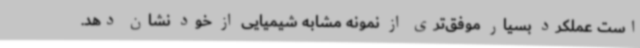
است عملکرد بسیار موفق‌تری از نمونه مشابه شیمیایی از خود نشان دهد.